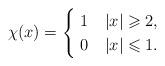
LaTeX: \begin{align*}\chi(x)=\begin{cases}\ 1\quad|x|\geqslant2,\\\ 0\quad|x|\leqslant1.\end{cases}\end{align*}